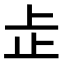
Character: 𬅸